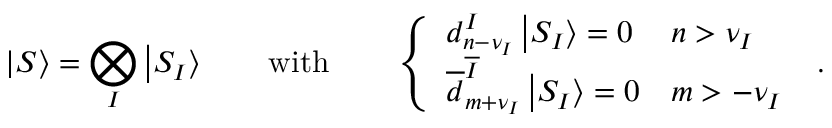
\left| S \right\rangle = \bigotimes _ { I } \left| S _ { I } \right\rangle \qquad \mathrm { w i t h } \qquad \left\{ \begin{array} { l l } { { d _ { n - \nu _ { I } } ^ { I } \left| S _ { I } \right\rangle = 0 } } & { { n > \nu _ { I } } } \\ { { \overline { { { d } } } _ { m + \nu _ { I } } ^ { \overline { { { I } } } } \left| S _ { I } \right\rangle = 0 } } & { { m > - \nu _ { I } } } \end{array} \right. ~ .